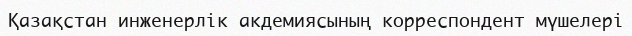
Қазақстан инженерлік акдемиясының корреспондент мүшелері